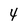
Character: 4